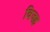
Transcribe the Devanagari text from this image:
विजह